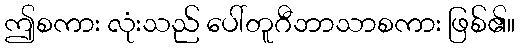
ဤစကား လုံးသည် ပေါ်တူဂီဘာသာစကား ဖြစ်၏။